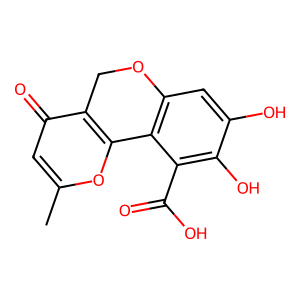
SMILES: Cc1cc(=O)c2c(o1)-c1c(cc(O)c(O)c1C(=O)O)OC2
Inhibits HIV replication: No